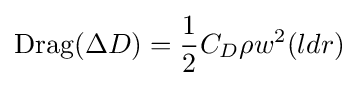
\mathrm {Drag} (\Delta D)={\frac {1}{2}}C_{D}\rho w^{2}(ldr)